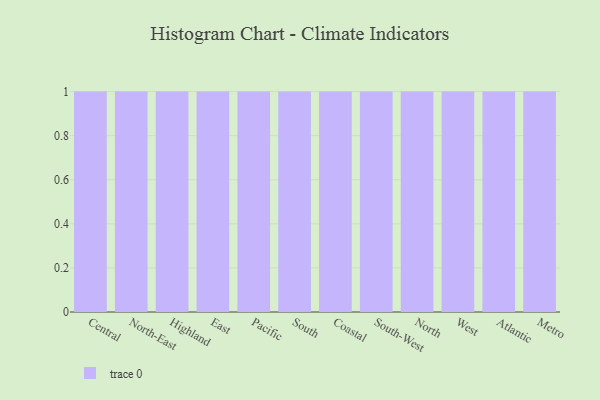
{"axis": {"x": "Region", "y": "Temperature (°C)"}, "legend": [""], "data": [{"x": "Central", "y": 66, "type": ""}, {"x": "North-East", "y": 97, "type": ""}, {"x": "Highland", "y": 80, "type": ""}, {"x": "East", "y": 20, "type": ""}, {"x": "Pacific", "y": 45, "type": ""}, {"x": "South", "y": 14, "type": ""}, {"x": "Coastal", "y": 64, "type": ""}, {"x": "South-West", "y": 43, "type": ""}, {"x": "North", "y": 51, "type": ""}, {"x": "West", "y": 38, "type": ""}, {"x": "Atlantic", "y": 97, "type": ""}, {"x": "Metro", "y": 66, "type": ""}]}